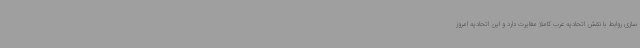
سازی روابط با نقش اتحادیه عرب کاملا مغایرت دارد و این اتحادیه امروز